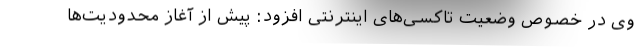
وی در خصوص وضعیت تاکسی‌های اینترنتی افزود: پیش از آغاز محدودیت‌ها